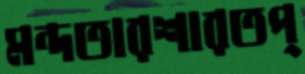
মন্দতারশারতপ্